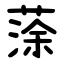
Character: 蒤